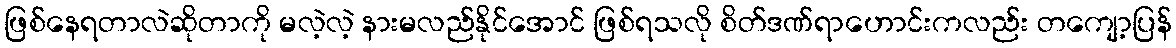
ဖြစ်နေရတာလဲဆိုတာကို မလဲ့လဲ့ နားမလည်နိုင်အောင် ဖြစ်ရသလို စိတ်ဒဏ်ရာဟောင်းကလည်း တကျော့ပြန်